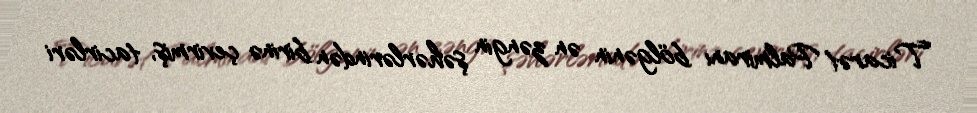
Ticarət Palmiranı bölgənin ən zəngin şəhərlərindən birinə çevirmiş, tacirləri